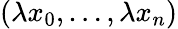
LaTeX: (\lambda x_{0},\ldots,\lambda x_{n})